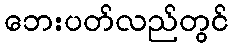
ဘေးပတ်လည်တွင်